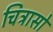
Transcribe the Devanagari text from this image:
चित्रासो